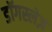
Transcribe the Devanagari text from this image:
डॉगस्लेज़